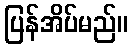
ပြန်အိပ်မည်။